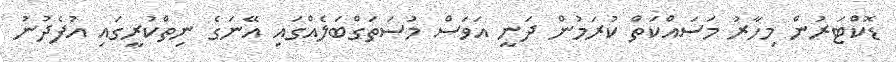
ޑޮކްޓަރުން މިހާރު މަސައްކަތް ކުރަމުން ދަނީ އަވަސް މުސަތަގްބަލެއްގައި އޭނަގެ ނިތްކުރީގައި އުފެދުނު